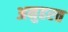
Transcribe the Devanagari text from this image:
अनुहरत